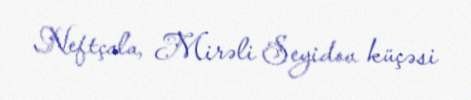
Neftçala, Mirəli Seyidov küçəsi